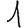
Digit: 1